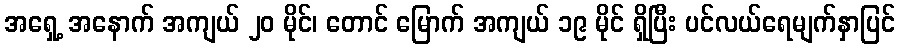
အရှေ့ အနောက် အကျယ် ၂၀ မိုင်၊ တောင် မြောက် အကျယ် ၁၉ မိုင် ရှိပြီး ပင်လယ်ရေမျက်နှာပြင်